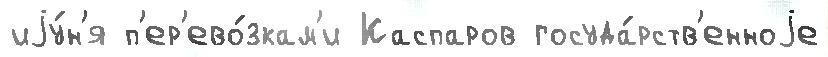
иjу́н'я п'ер'ево́зкам'и Каспаров госуда́рств'енноjе